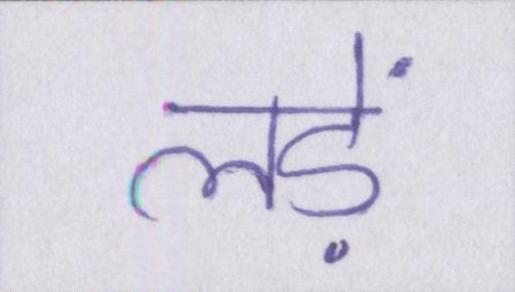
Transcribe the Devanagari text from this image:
लड़ें